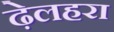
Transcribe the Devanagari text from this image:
ढ़ेलहरा